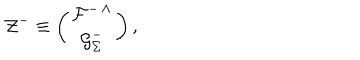
{ \cal Z } ^ { - } \equiv \left( \begin{matrix} { { { \cal F } ^ { - \, \Lambda } } } \\ { { { \cal G } _ { \Sigma } ^ { - } } } \\ \end{matrix} \right) ,